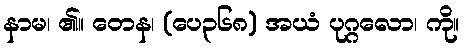
နာမ၊ ၏။ တေန၊ (ပေ၃၆၈) အယံ ပုဂ္ဂလော၊ ကို။